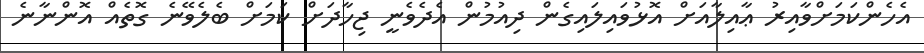
އެހެންކަމަށްވާއިރު ޢާއިލާއަށް އޮޅުވައިލައިގެން ދިއުމުން އެދެވެނީ ޖިހާދަށް ކަމަށް ބެލެވޭނެ ގޮތެއް އޮންނާނެ